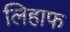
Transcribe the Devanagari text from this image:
लिहाफ